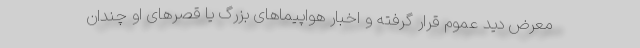
معرض دید عموم قرار گرفته و اخبار هواپیماهای بزرگ یا قصرهای او چندان